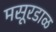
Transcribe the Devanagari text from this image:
मसूरडाळ